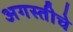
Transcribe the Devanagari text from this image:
अगस्तीचे